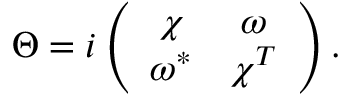
\Theta = i \left( \begin{array} { c c } { { \chi } } & { { \omega } } \\ { { \omega ^ { * } } } & { { \chi ^ { T } } } \end{array} \right) .